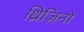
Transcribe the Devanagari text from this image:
थ्रिज़िनो